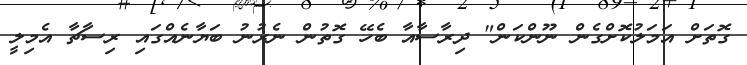
ގޮތަށް އަމަލުކޮށްގެން ނޫންކަން" ދިރާސާއާ ބެހޭ ގޮތުން ނެރުނު ބަޔާނެއްގައި ރިސާޗާ އެމިލީ